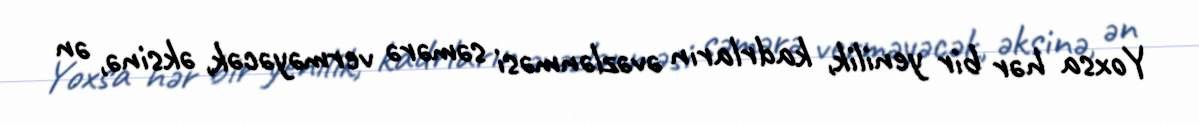
Yoxsa hər bir yenilik, kadrların əvəzlənməsi səmərə verməyəcək, əksinə, ən